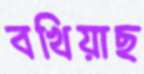
বখিয়াছ